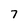
Character: 7